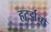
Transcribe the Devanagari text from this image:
हर्ट्झचा